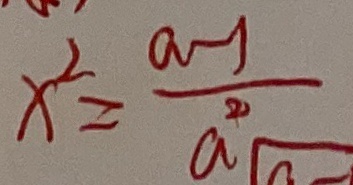
x ^ { 2 } = \frac { a - 1 } { a ^ { 2 } }